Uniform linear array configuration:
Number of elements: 48
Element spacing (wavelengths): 0.25
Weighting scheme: uniform
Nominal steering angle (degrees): -45
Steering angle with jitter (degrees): -46.658
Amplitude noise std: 0.05
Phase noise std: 0.05

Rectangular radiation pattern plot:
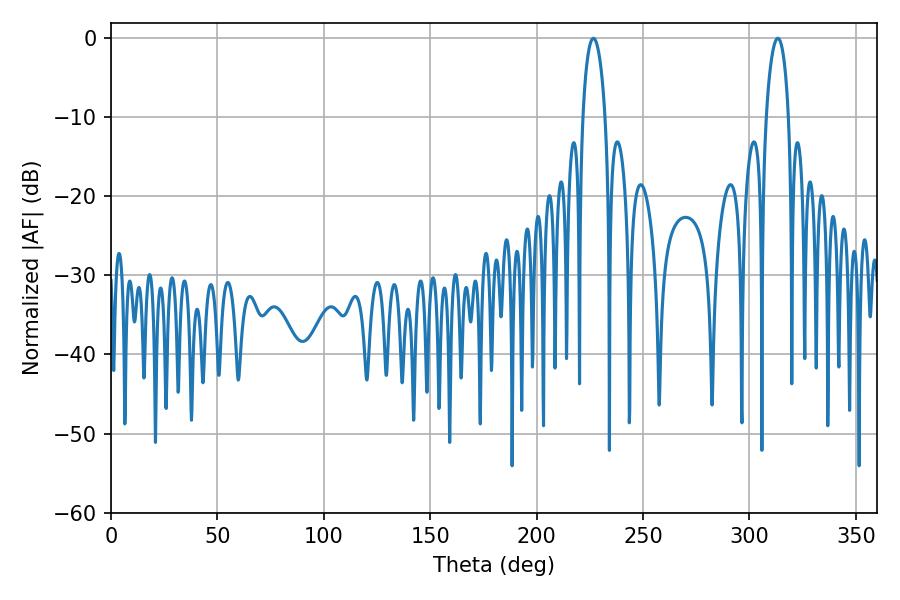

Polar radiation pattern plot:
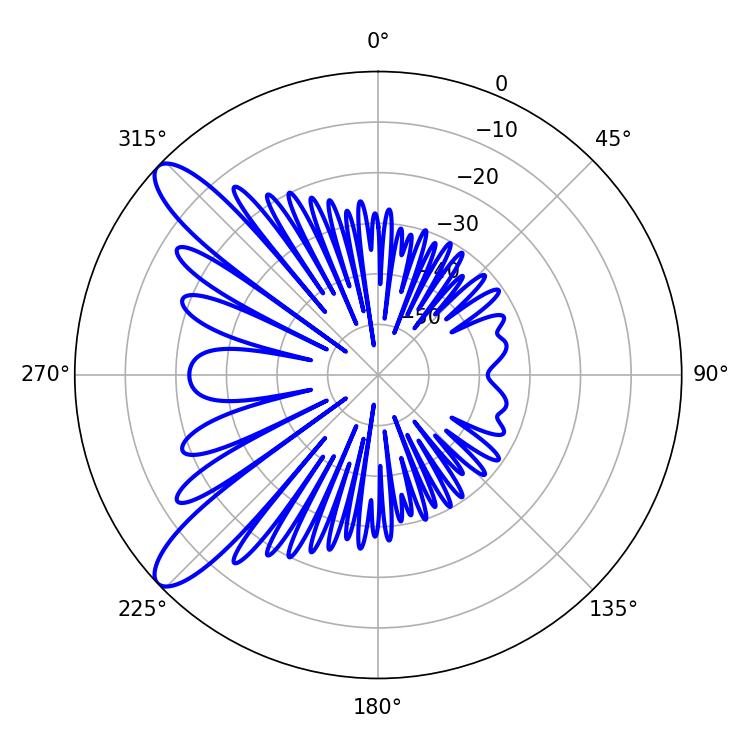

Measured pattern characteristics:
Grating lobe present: FALSE
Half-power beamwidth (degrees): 5.94
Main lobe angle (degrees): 226.62